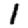
Digit: 1